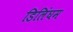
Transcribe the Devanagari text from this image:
डिलिंघम